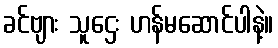
ခင်ဗျား သူဌေး ဟန်မဆောင်ပါနဲ့။